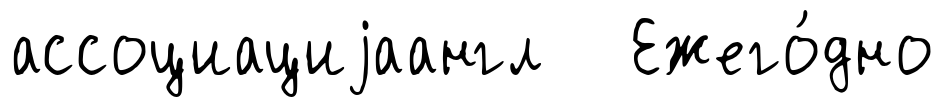
ассоциациjаангл Ежего́дно